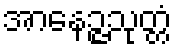
အာနေဉ္ဇသုတ္တံ